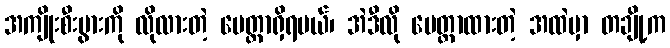
အကျိုးစီးပွားကို လိုလားတဲ့ မေတ္တာရှိရမယ်၊ အဲဒီလို မေတ္တာထားတဲ့ အထဲမှာ တချို့က